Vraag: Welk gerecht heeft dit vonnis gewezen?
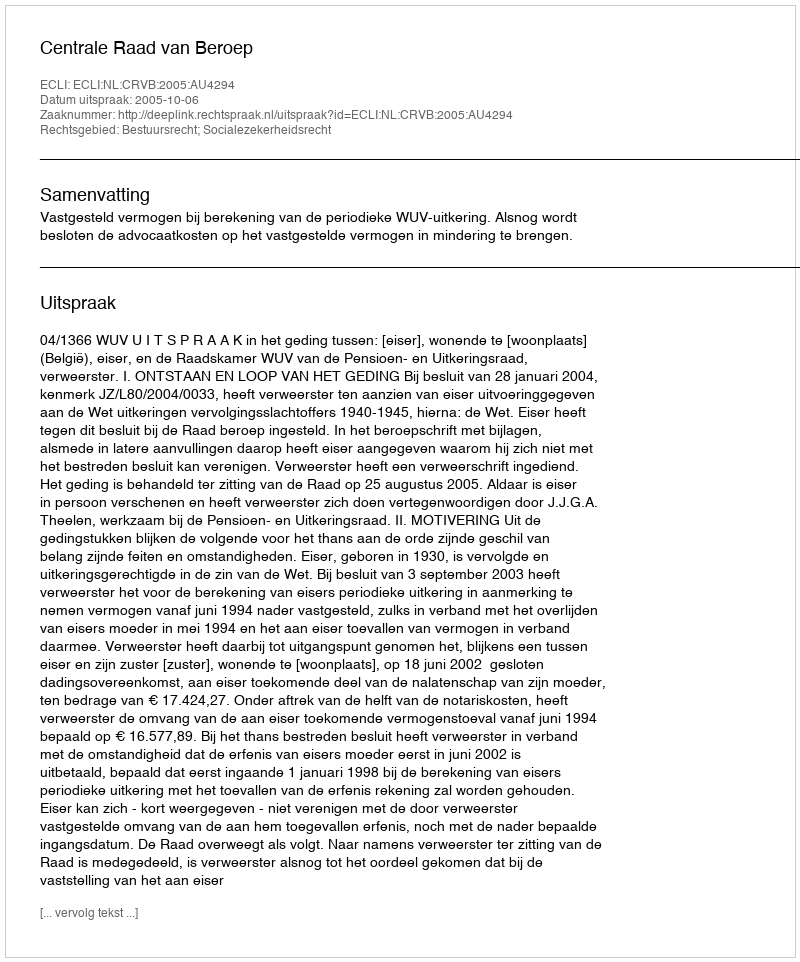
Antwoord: Centrale Raad van Beroep